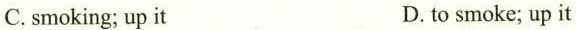
C.smoking; up it D. to smoke; up it